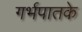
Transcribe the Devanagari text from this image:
गर्भपातके